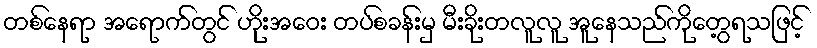
တစ်နေရာ အရောက်တွင် ဟိုးအဝေး တပ်စခန်းမှ မီးခိုးတလူလူ အူနေသည်ကိုတွေ့ရသဖြင့်